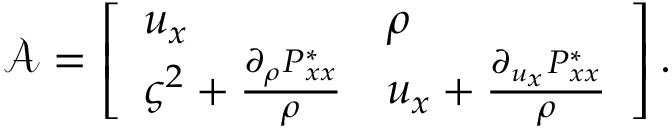
\mathcal { A } = \left[ \begin{array} { l l } { u _ { x } } & { \rho } \\ { \varsigma ^ { 2 } + \frac { \partial _ { \rho } P _ { x x } ^ { * } } { \rho } } & { u _ { x } + \frac { \partial _ { u _ { x } } P _ { x x } ^ { * } } { \rho } } \end{array} \right] .